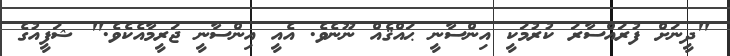
"ދީނަށް ފުރައްސާރަ ކުރުމަކީ އިންސާނީ ޙައްޤެއް ނޫނެވެ. އެއީ އިންސާނީ ޖަރީމާއެކެވެ." ޝަފީއުގެ